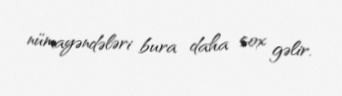
nümayəndələri bura daha çox gəlir.